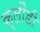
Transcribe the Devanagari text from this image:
क्लौडी